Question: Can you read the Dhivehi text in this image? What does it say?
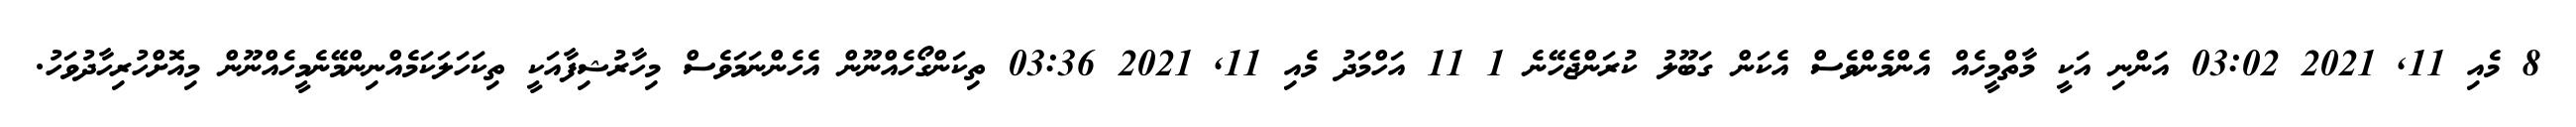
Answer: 8 މެއި 11, 2021 03:02 އަންނި އަކީ މާތްމީހެއް އެންމެންވެސް އެކަން ގަބޫލު ކުރަންޖެހޭނެ 1 11 އަހްމަދު މެއި 11, 2021 03:36 ތިކަންގޯހެއްނޫން އެހެންނަމަވެސް މިހާރުޝިފާއަކީ ތިކަހަލަކަމެއްނިންމޭނެމީހެއްނޫން މިއޮށްހުރިހާދުވަހު.